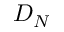
D _ { N }